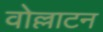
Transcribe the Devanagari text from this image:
वोल्लाटन